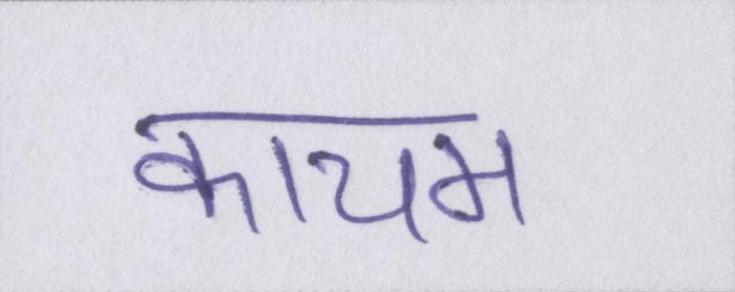
कायम